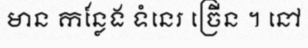
មាន កន្លែង ទំនេរ ច្រើន ។ នៅ